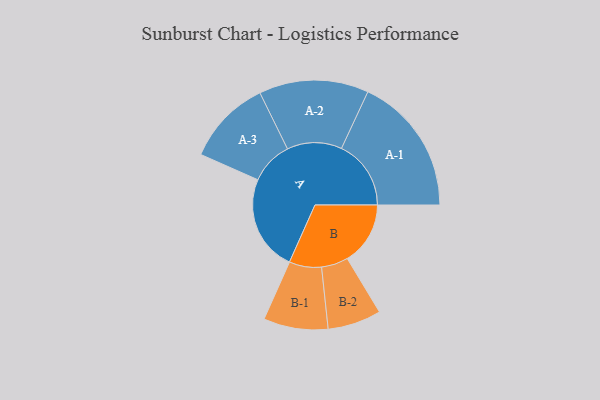
{"axis": {"x": "Segment", "y": "Value"}, "legend": ["", "A", "B"], "data": [{"x": "A", "y": 384, "type": ""}, {"x": "B", "y": 252, "type": ""}, {"x": "A-1", "y": 278, "type": "A"}, {"x": "A-2", "y": 219, "type": "A"}, {"x": "A-3", "y": 171, "type": "A"}, {"x": "B-1", "y": 129, "type": "B"}, {"x": "B-2", "y": 107, "type": "B"}]}